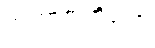
တဏှာဇာတိကော